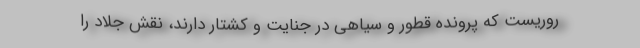
روریست که پرونده قطور و سیاهی در جنایت و کشتار دارند، نقش جلاد را